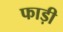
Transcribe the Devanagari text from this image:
फाड़ी